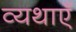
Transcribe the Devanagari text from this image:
व्यथाएँ